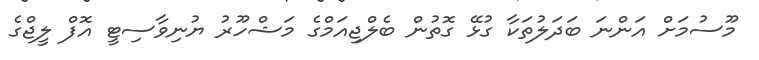
މޫސުމަށް އަންނަ ބަދަލުތަކާ ގުޅޭ ގޮތުން ބެލްޖިއަމްގެ މަޝްހޫރު ޔުނިވާސިޓީ އޮފް ލީޖްގެ